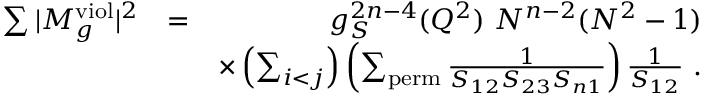
\begin{array} { r l r } { \sum \vert M _ { g } ^ { \mathrm { v i o l } } \vert ^ { 2 } } & { = } & { g _ { S } ^ { 2 n - 4 } ( Q ^ { 2 } ) ~ N ^ { n - 2 } ( N ^ { 2 } - 1 ) } \\ & { } & { \times \left( \sum _ { i < j } \right) \left( \sum _ { \mathrm { p e r m } } \frac { 1 } { S _ { 1 2 } S _ { 2 3 } S _ { n 1 } } \right) \frac { 1 } { S _ { 1 2 } } ~ . } \end{array}